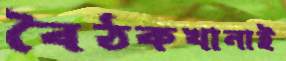
বৈঠকখানাই